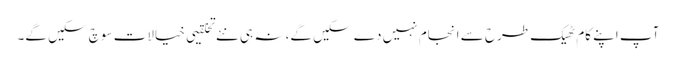
آپ اپنے کام ٹھیک طرح سے انجام نہیں دے سکیں گے، نہ ہی نئے تخلقیی خیالات سوچ سکیں گے۔